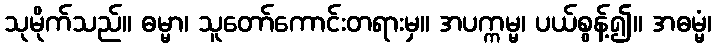
သုမိုက်သည်။ ဓမ္မာ၊ သူတော်ကောင်းတရားမှ။ အပက္ကမ္မ၊ ပယ်စွန့်၍။ အဓမ္မံ၊